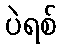
ပဲရစ်